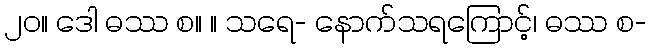
၂၀။ ဒေါ ဓဿ စ။ ။ သရေ- နောက်သရကြောင့်၊ ဓဿ စ-